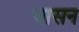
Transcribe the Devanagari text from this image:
भासन